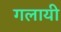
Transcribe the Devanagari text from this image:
गलायी